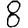
Digit: 8